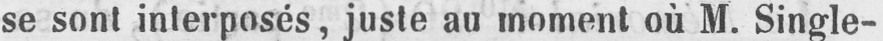
se sont interposés, juste au moment où M. Single-